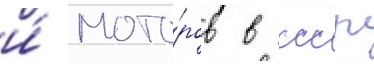
и́ мото́ров в ссср